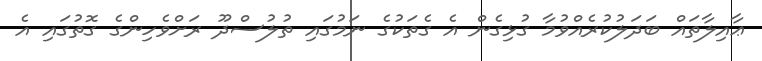
ޢާއިލާތައް ބަދަލުކުރެއްވުމާ ގުޅިގެން އެ ގެތަކުގެ ނަމުގައި ތުލުސްދޫ ރަށްވެހިންގެ ގޮތުގައި އެ